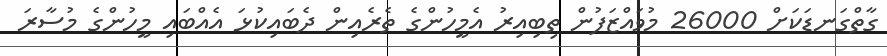
ގާތްގަނޑަކަށް 26000 މުވައްޒަފުން ތިބިއިރު އެމީހުންގެ ތެރެއިން ދެބައިކުޅަ އެއްބައި މީހުންގެ މުސާރަ